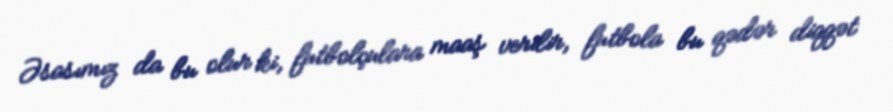
Əsasımız da bu olur ki, futbolçulara maaş verilir, futbola bu qədər diqqət